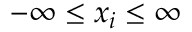
- \infty \leq x _ { i } \leq \infty